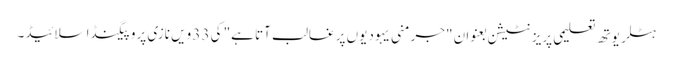
ہٹلر یوتھ تعلیمی پریزنٹیشن بعنوان "جرمنی یہودیوں پر غالب آتا ہے" کی 33 ویں نازی پروپیگنڈا سلائیڈ۔